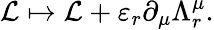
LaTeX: {\mathcal{L}}\mapsto{\mathcal{L}}+\varepsilon_{r}\partial_{\mu}\Lambda_{r}^{\mu}.